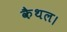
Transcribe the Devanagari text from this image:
कैथल।